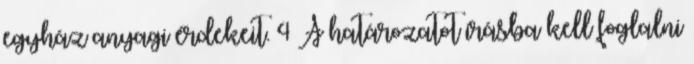
egyház anyagi érdekeit. 4 A határozatot írásba kell foglalni